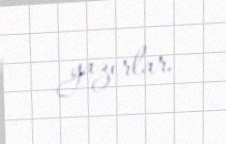
yazırlar.